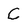
Character: C